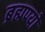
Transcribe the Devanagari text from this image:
ब्रह्मण्यो